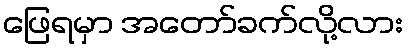
ဖြေရမှာ အတော်ခက်လို့လား